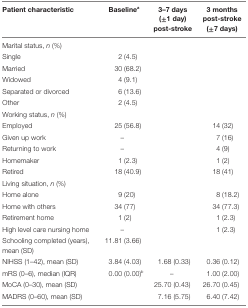
<table><thead><tr><td><b>Patient characteristic</b></td><td><b>Baseline<sup>a</sup></b></td><td><b>3–7 days (±1 day) post-stroke</b></td><td><b>3 months post-stroke (±7 days)</b></td></tr></thead><tbody><tr><td>Marital status, <i>n</i> (%)</td><td></td><td></td><td></td></tr><tr><td>Single</td><td>2 (4.5)</td></tr><tr><td>Married</td><td>30 (68.2)</td></tr><tr><td>Widowed</td><td>4 (9.1)</td></tr><tr><td>Separated or divorced</td><td>6 (13.6)</td></tr><tr><td>Other</td><td>2 (4.5)</td></tr><tr><td>Working status, <i>n</i> (%)</td><td></td><td></td><td></td></tr><tr><td>Employed</td><td>25 (56.8)</td><td></td><td>14 (32)</td></tr><tr><td>Given up work</td><td>–</td><td></td><td>7 (16)</td></tr><tr><td>Returning to work</td><td>–</td><td></td><td>4 (9)</td></tr><tr><td>Homemaker</td><td>1 (2.3)</td><td></td><td>1 (2)</td></tr><tr><td>Retired</td><td>18 (40.9)</td><td></td><td>18 (41)</td></tr><tr><td>Living situation, <i>n</i> (%)</td><td></td><td></td><td></td></tr><tr><td>Home alone</td><td>9 (20)</td><td></td><td>8 (18.2)</td></tr><tr><td>Home with others</td><td>34 (77)</td><td></td><td>34 (77.3)</td></tr><tr><td>Retirement home</td><td>1 (2)</td><td></td><td>1 (2.3)</td></tr><tr><td>High level care nursing home</td><td>–</td><td></td><td>1 (2.3)</td></tr><tr><td>Schooling completed (years), mean (SD)</td><td>11.81 (3.66)</td><td></td><td></td></tr><tr><td>NIHSS (1–42), mean (SD)</td><td>3.84 (4.03)</td><td>1.68 (0.33)</td><td>0.36 (0.12)</td></tr><tr><td>mRS (0–6), median (IQR)</td><td>0.00 (0.00)<sup>b</sup></td><td>–</td><td>1.00 (2.00)</td></tr><tr><td>MoCA (0–30), mean (SD)</td><td></td><td>25.70 (0.43)</td><td>26.70 (0.45)</td></tr><tr><td>MADRS (0–60), mean (SD)</td><td></td><td>7.16 (5.75)</td><td>6.40 (7.42)</td></tr></tbody></table>